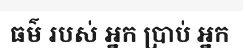
ធម៌ របស់ អ្នក ប្រាប់ អ្នក